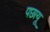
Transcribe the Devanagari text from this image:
पछायू